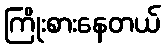
ကြိုးစားနေတယ်